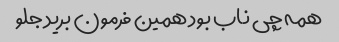
همه چی ناب بود همین فرمون برید جلو